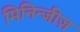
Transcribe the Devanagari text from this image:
मिनिन्जीज़